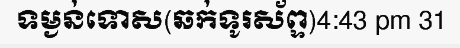
ទម្ងន់ទោស(ឆក់ទូរស័ព្ទ)4:43 pm 31